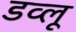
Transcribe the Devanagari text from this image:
डव्लू